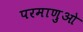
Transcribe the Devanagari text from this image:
परमाणुओ